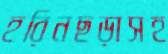
হরিনছড়াসহ